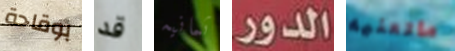
بوقاحة قد ثمانيه الدور ماتعنيه